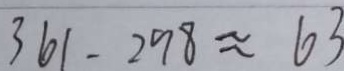
3 6 1 - 2 9 8 \approx 6 3